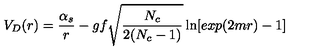
V _ { D } ( r ) = { \frac { \alpha _ { s } } { r } } - g f \sqrt { \frac { N _ { c } } { 2 ( N _ { c } - 1 ) } } \ln [ e x p ( 2 m r ) - 1 ] \qquad